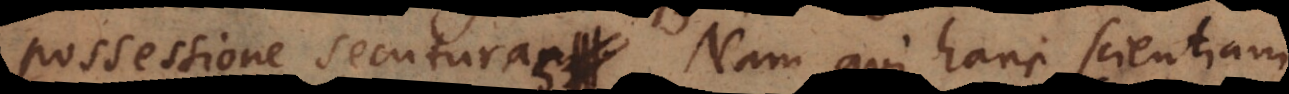
possessione secuturas. Nam qui hanc scientiam